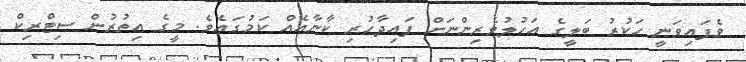
ވެފައިވަނީ ހަކުރު ބަލީގެ އަހުލުވެރިންނަށް ފައިދާހުރި ކާނާއެއް ކަމުގައެވެ. މީގެ އިތުރުން ސިޓްރިކް